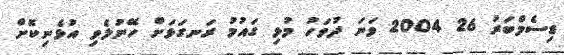
ޑިސެމްބަރު 26 2004 ވަނަ ދުވަހު މުޅި ގައުމު ރަނގަޅަށް ހޭނުލެވި އުޅެނިކޮށް